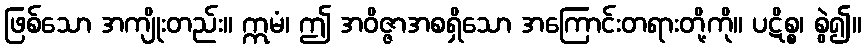
ဖြစ်သော အကျိုးတည်း။ ဣမံ၊ ဤ အဝိဇ္ဇာအစရှိသော အကြောင်းတရားတို့ကို။ ပဋိစ္စ၊ စွဲ၍။